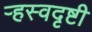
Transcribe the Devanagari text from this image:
ऱ्हस्वदृष्टी